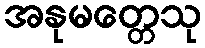
အနုမတ္တေသု